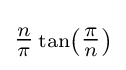
\scriptstyle {\tfrac {n}{\pi }}\tan \left({\tfrac {\pi }{n}}\right)